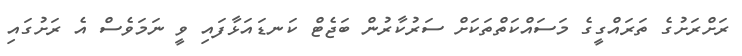
ރަށްރަށުގެ ތަރައްގީގެ މަސައްކަތްތަކަށް ސަރުކާރުން ބަޖެޓް ކަނޑައަޅާފައި ވީ ނަމަވެސް އެ ރަށުގައި